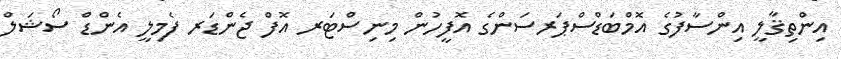
އިންތިޤާލީ އިންސާފުގެ އޮމްބަޑްސްޕަރސަންގެ އޮފީހުން މިނިސްޓަރ އޮފް ޖެންޑަރ ފެމިލީ އެންޑް ސޯޝަލް